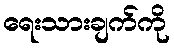
ရေးသားချက်ကို